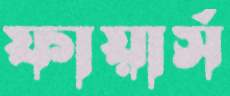
ফায়ার্স